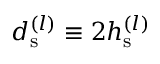
d _ { \mathrm { s } } ^ { ( l ) } \equiv 2 h _ { \mathrm { s } } ^ { ( l ) }